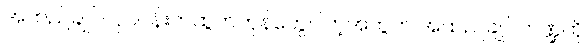
အထည်ချုပ်လုပ်ငန်းကထွက်ကုန်တွေပါတဲ့အတွက် အထည်ချုပ်ကဏ္ဍကို